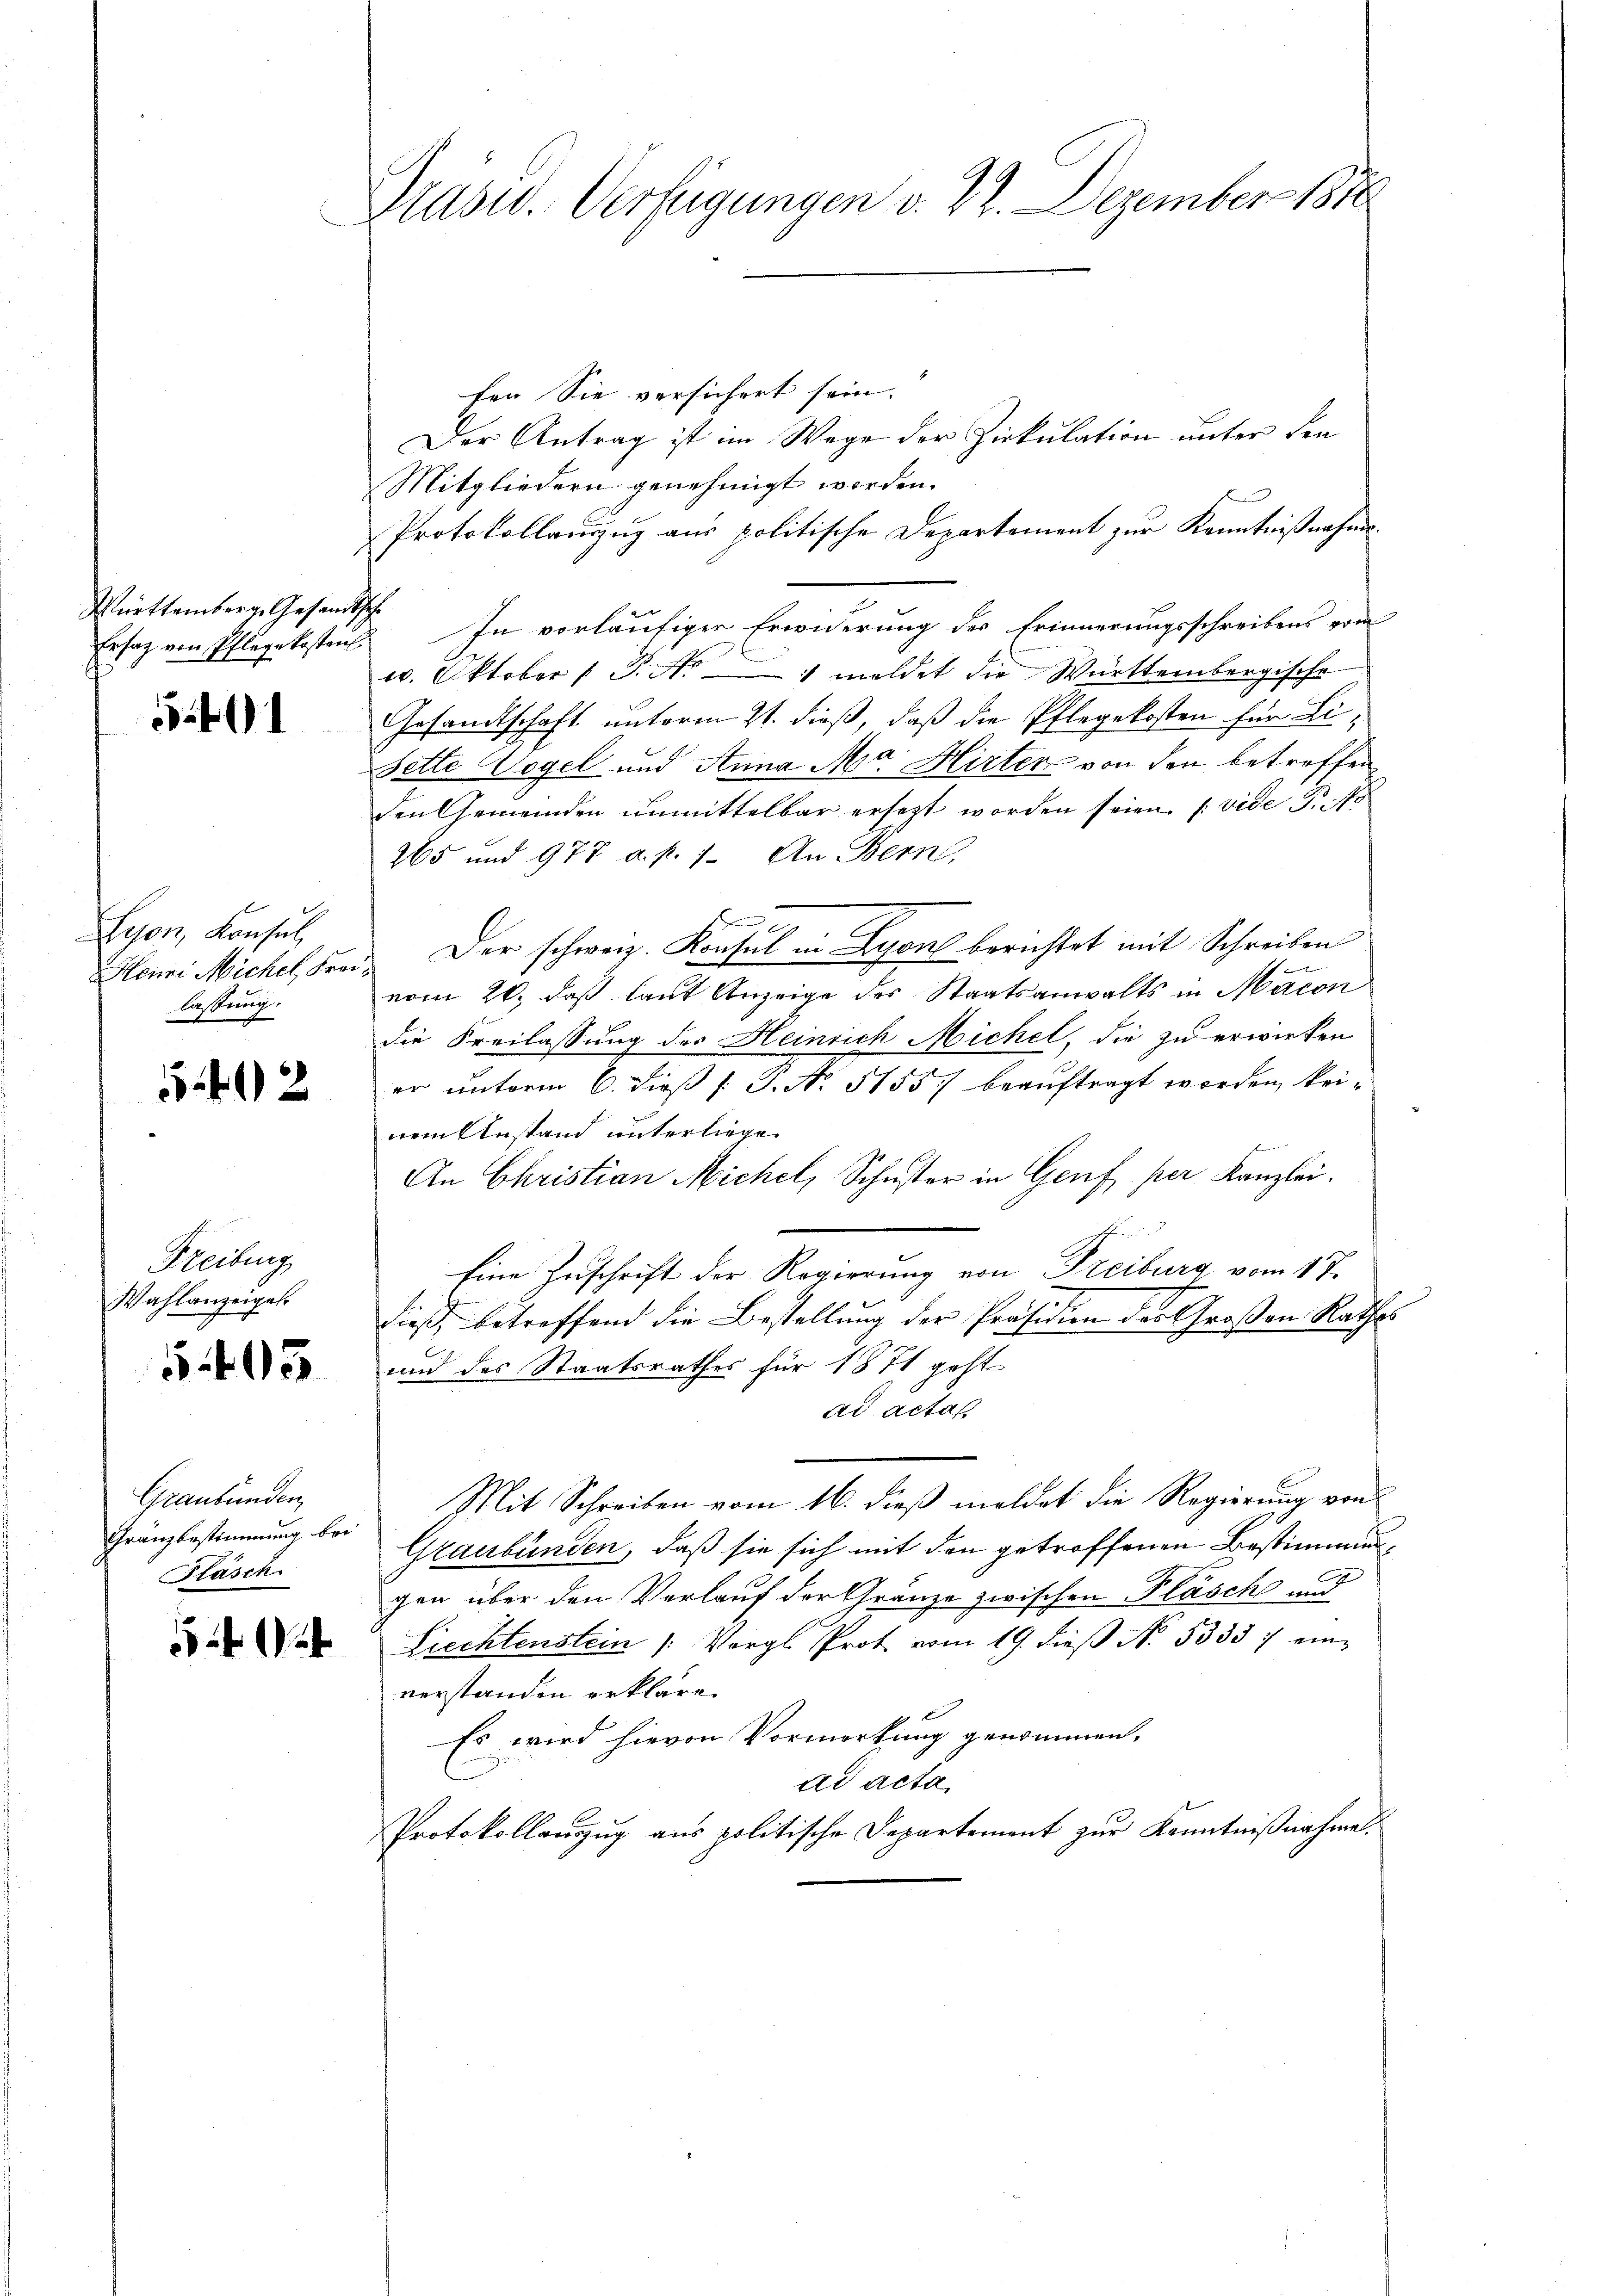
Württemberg. Gesandtsch

1

Lyon, Konsul
Henri Michel Frei
lassung.

542

Heilung
Wahlanzeigel.

5 403

Graubünden,
Gränzbestimmung bei
Fläsch

Präsid. Verfügungen v. 22. Dezember 1888

fen Sie versichert sein.
Der Antrag ist im Wege der Zirkulation unter den
Mitgliedern genehmigt worden.
Protokollauszug aus politische Departement zur Kenntnißnahme¬
Ersatz von Pflegekostens. In vorläufiger Erwiderung des Erinnerungsschreibens vom
w. Oktober 1 P. M. meldet die Württembergische
Gesandtschaft unterm 21. dieß, daß die Pflegekosten für Lisette Wogel und Anna Ma Hirter von den betreffen,
den Gemeinden unmittelbar ersezt worden seien. (vide Pro
265 und 977 a. p. 1. An Bern,
x
n
Der schweiz. Konsul in Lyon berichtet mit Schreiben
e
vom 26. daß laut Anzeige des Staatsanwalts in Macon
die Freilassung des Heinrich Michel, die zu erwirken
er unterm 6. dieß P. J. No 5155) beauftragt worden keinem Anstand unterliegen
An Christian Michel, Schuster in Genf per Kanzlei.
Eine Zuschrift der Regierung von Freiburg vom 17.
dieß, betreffend die Bestellung der Präsidien der Großen Rathes
und des Staatsrathes für 1871 geht
ad actas
Mit Schreiben vom 16. dieß meldet die Regierung von
Graubünden, daß sie sich mit den getroffenen Bestimmungen über den Verlauf der Gränze zwischen Pläschs und
Liechtenstein (Vergl. Prot vom 19. dieß No. 5333 7 einverstanden erkläre.
Es wird hievon Vormerkung genommen.
ad acta.
Protokollauszug aus politische Departement zur Kenntnißnahme.